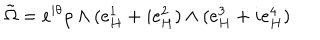
LaTeX: \tilde { \Omega } = e ^ { i \theta } \rho \wedge ( e _ { H } ^ { 1 } + i e _ { H } ^ { 2 } ) \wedge ( e _ { H } ^ { 3 } + i e _ { H } ^ { 4 } )